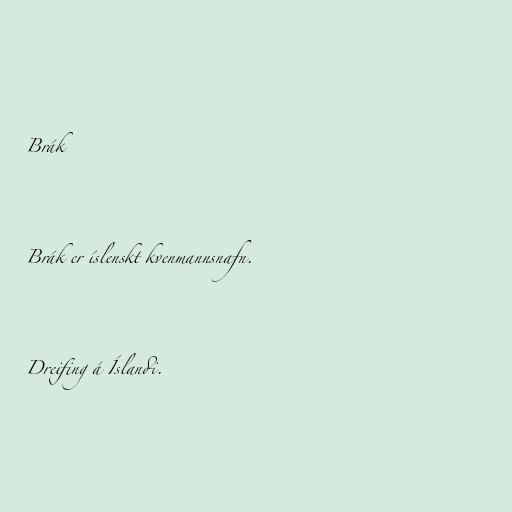
Brák

Brák er íslenskt kvenmannsnafn.

Dreifing á Íslandi.